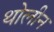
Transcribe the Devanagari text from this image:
थोलीन